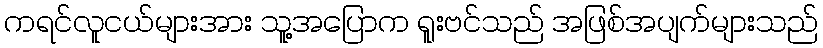
ကရင်လူငယ်များအား သူ့အပြောက ရူးဗင်သည် အဖြစ်အပျက်များသည်